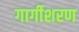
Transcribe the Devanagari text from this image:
गार्गीशरण